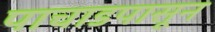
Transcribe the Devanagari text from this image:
पाचाडपासून